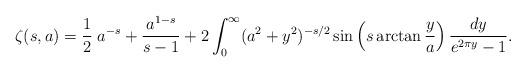
LaTeX: \begin{align*}\zeta(s,a)=\frac{1}{2}\;a^{-s}+\frac{a^{1-s}}{s-1}+2\int_0^\infty(a^2+y^2)^{-s/2}\sin\left(s \arctan{\frac{y}{a}}\right)\frac{dy }{e^{2\pi y}-1}.\end{align*}